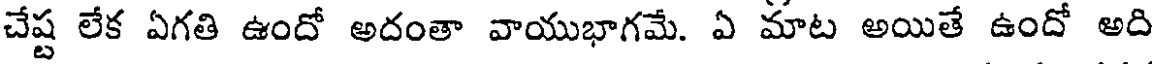
చేష్ట లేక ఏగతి ఉందో అదంతా వాయుభాగమే. ఏ మాట అయితే ఉందో అది